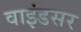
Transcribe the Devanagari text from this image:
वाइंडसर